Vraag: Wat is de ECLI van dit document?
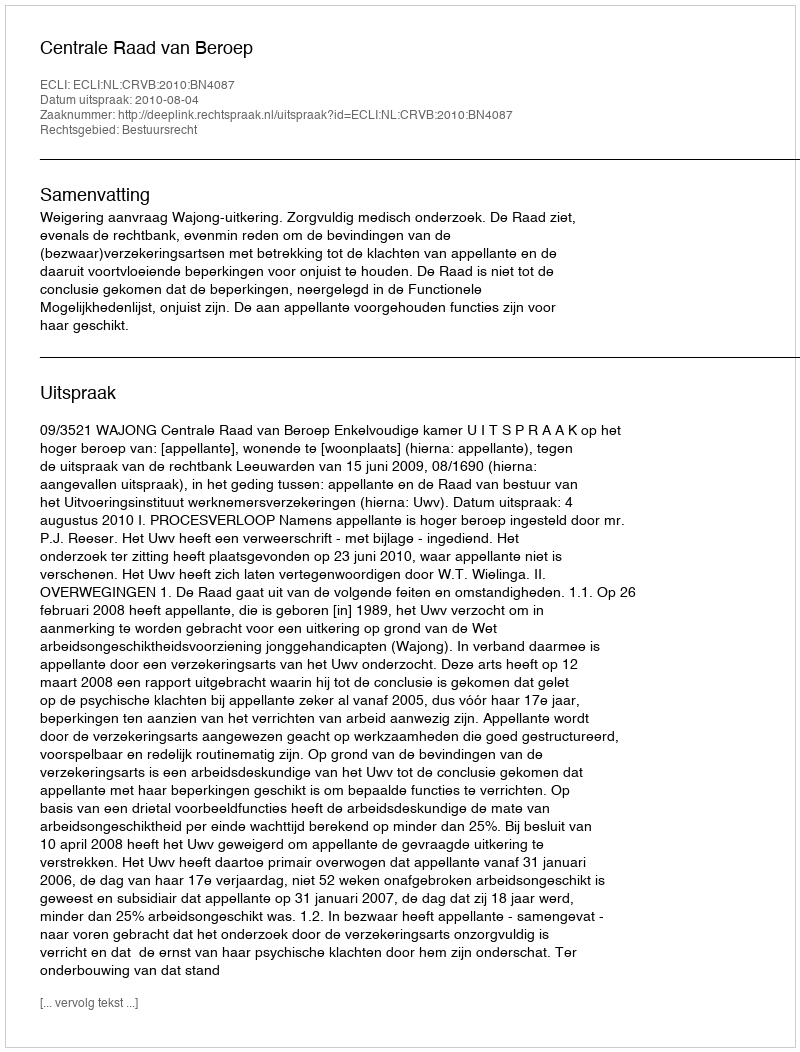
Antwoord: ECLI:NL:CRVB:2010:BN4087